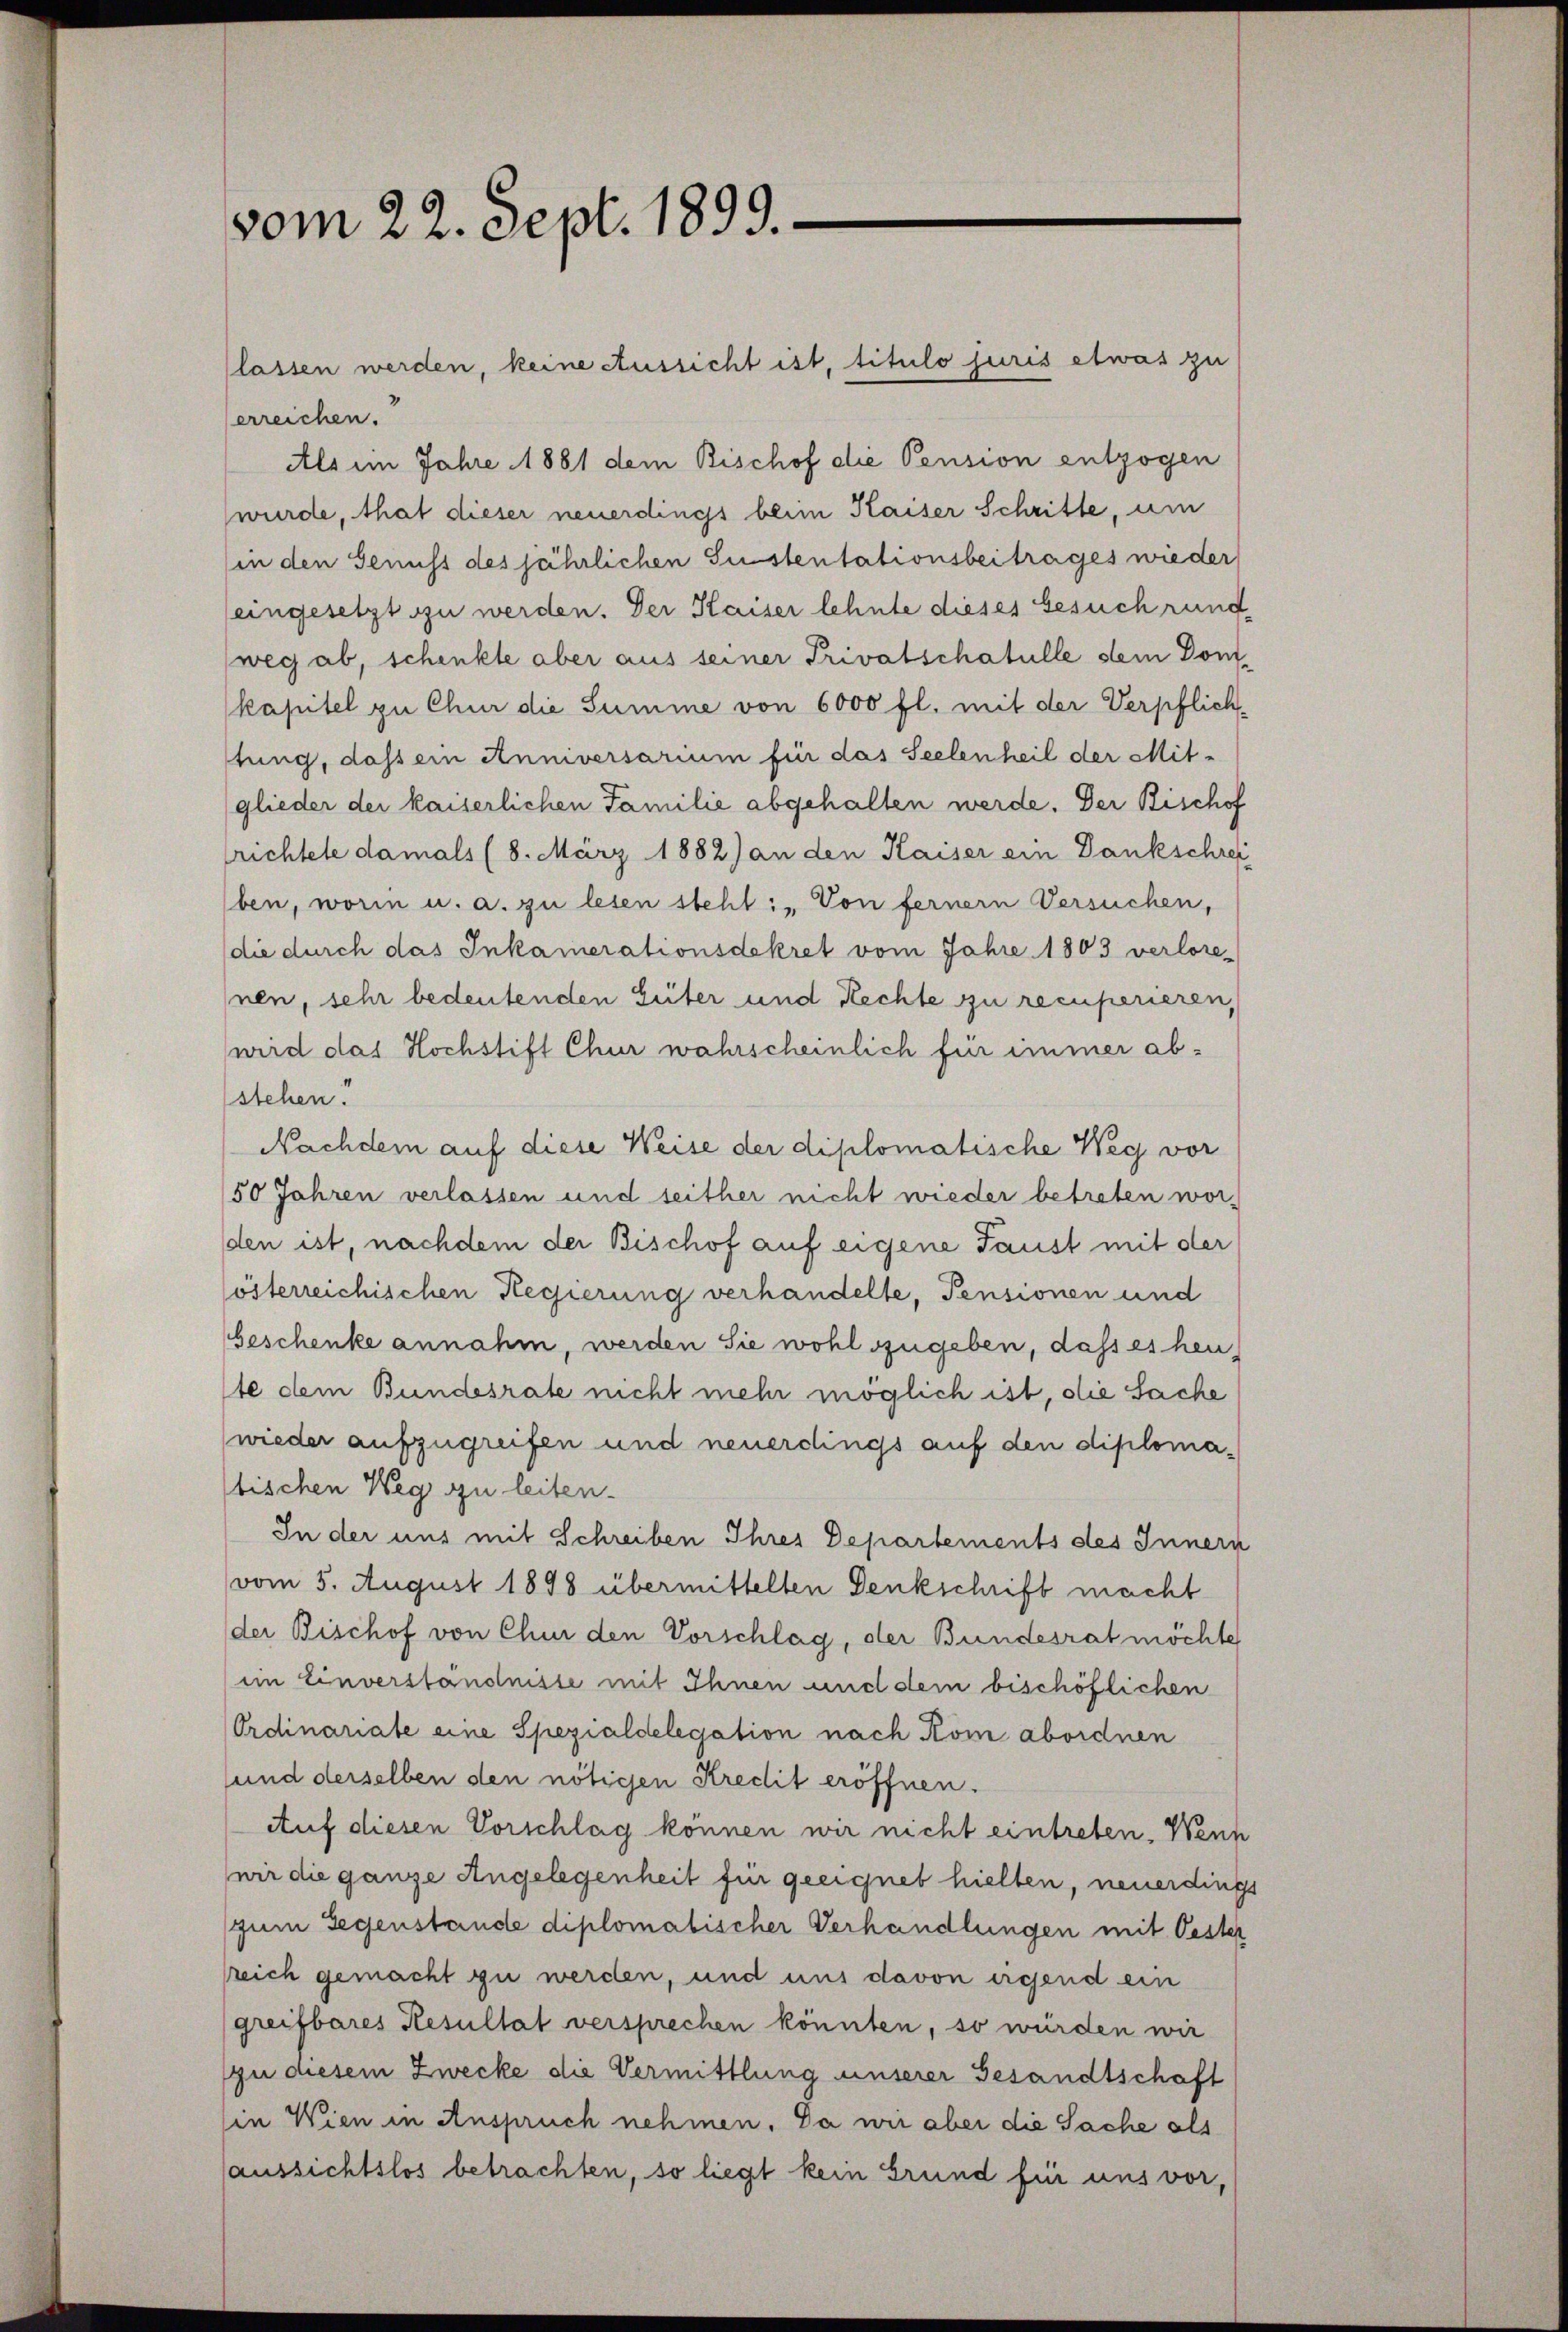
vom 22. Sept. 1899.

lassen werden, keine Aussicht ist, titulo juris etwas zu
erreichen.
Als im Jahre 1881 dem Bischof die Pension entzogen
wurde, hat dieser neuerdings beim Kaiser Schritte, um
(in den Genuss des jährlichen Sustentationsbeitrages wieder
eingesetzt zu werden. Der Kaiser lehnte dieses besuch rund-
weg ab, schenkte aber aus seiner Privatschafulle dem Dom-
kapitel zu Chur die Summe von 6000 fl. mit der Verpflich-
stung, dass ein Anniversarium für das Seelenheil der Mit-
glieder der kaiserlichen Familie abgehalten werde. Der Bischof
lrichtete damals (8. März 1882) an den Kaiser ein Dankschrei
ben, worin u. a. zu lesen steht: „Von ferner Versuchen,
die durch das Inkamerationsdekret vom Jahre 1803 verlore
nen, sehr bedeutenden Güter und Rechte zu recuperieren,
wird das Hochstift Chur wahrscheinlich für immer ab-
stehen.
Nachdem auf diese Weise der diplomatische Weg vor
50 Jahren verlassen und seither nicht wieder betreten wor-
den ist, nachdem der Bischof auf eigene Faust mit der
lösterreichischen Regierung verhandelte, Pensionen und
Geschenke annahm, werden Sie wohl zugeben, dass es heu
te dem Bundesrate nicht mehr möglich ist, die Sache
wieder aufzugreifen und neuerdings auf den diplomabischen Weg zu leiten.
In der uns mit Schreiben Ihres Departements des Innern
vom 5. August 1898 übermittelten Denkschrift macht
der Bischof von Chur den Vorschlag, der Bundesrat möchte
im Einverständnisse mit Ihnen und dem bischöflichen
Ordinariate eine Spezialdelegation nach Kom abordnen
sund derselben den nötigen Kredit eröffnen.
Auf diesen Vorschlag können wir nicht eintreten. Wenn
wir die ganze Angelegenheit für geeignet hielten, neuerdings
zum Gegenstande diplomatischer Verhandlungen mit Oester
sreich gemacht zu werden, und uns davon irgend ein
greifbares Resultat versprechen könnten, so würden wir
zu diesem Zwecke die Vermittlung unserer Gesandtschaft
in Wien in Anspruch nehmen. Da wir aber die Sache als
aussichtslos betrachten, so liegt kein Grund für uns vor,